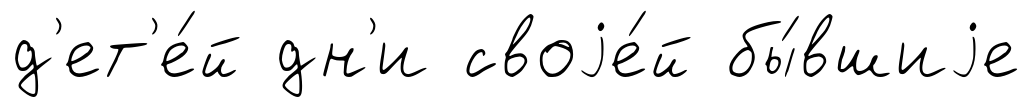
д'ет'е́й дн'и своjе́й бы́вшиjе